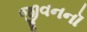
જીવનનૉ